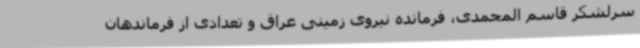
سرلشکر قاسم المحمدی، فرمانده نیروی زمینی عراق و تعدادی از فرماندهان